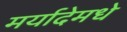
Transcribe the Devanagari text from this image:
मर्यादेमधे